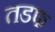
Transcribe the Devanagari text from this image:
तडफ